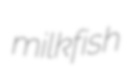
milkfish